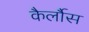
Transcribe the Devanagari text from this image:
कैर्लौस